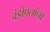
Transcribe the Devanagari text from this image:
बंडोपतांना